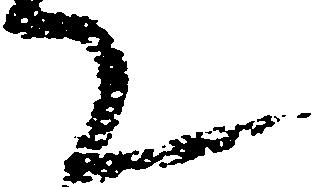
て